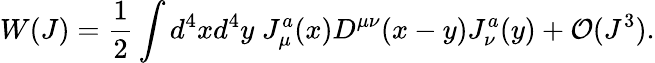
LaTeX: W(J)={\frac{1}{2}}\int d^{4}xd^{4}y\; J_{\mu}^{a}(x)D^{\mu\nu}(x-y)J_{\nu}^{a}(y)+{\cal O}(J^{3}).